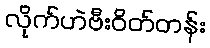
လိုက်ဟဲဗီးဝိတ်တန်း